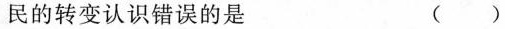
民的转变认识错误的是()